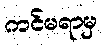
ကင်မရာမှ